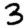
Digit: 3